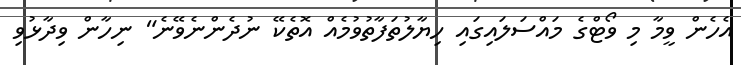
އެހެން ވީމާ މި ވޯޓްގެ މައްސަލައިގައި ހިޔާލުތަފާތުވުމެއް އޮތެކޭ ނުދެންނެވޭނެ" ނިހާން ވިދާޅުވި